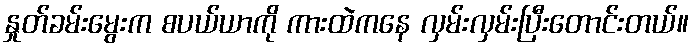
နှုတ်ခမ်းမွေးက စပယ်ယာကို ကားထဲကနေ လှမ်းလှမ်းပြီးတောင်းတယ်။